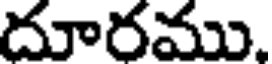
దూరము.